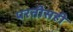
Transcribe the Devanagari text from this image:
परतीसही